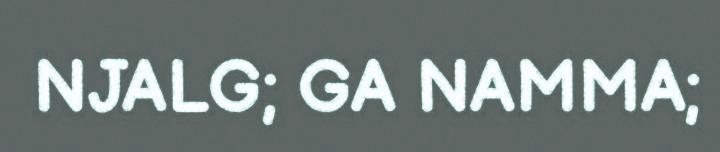
NJALG; GA NAMMA;